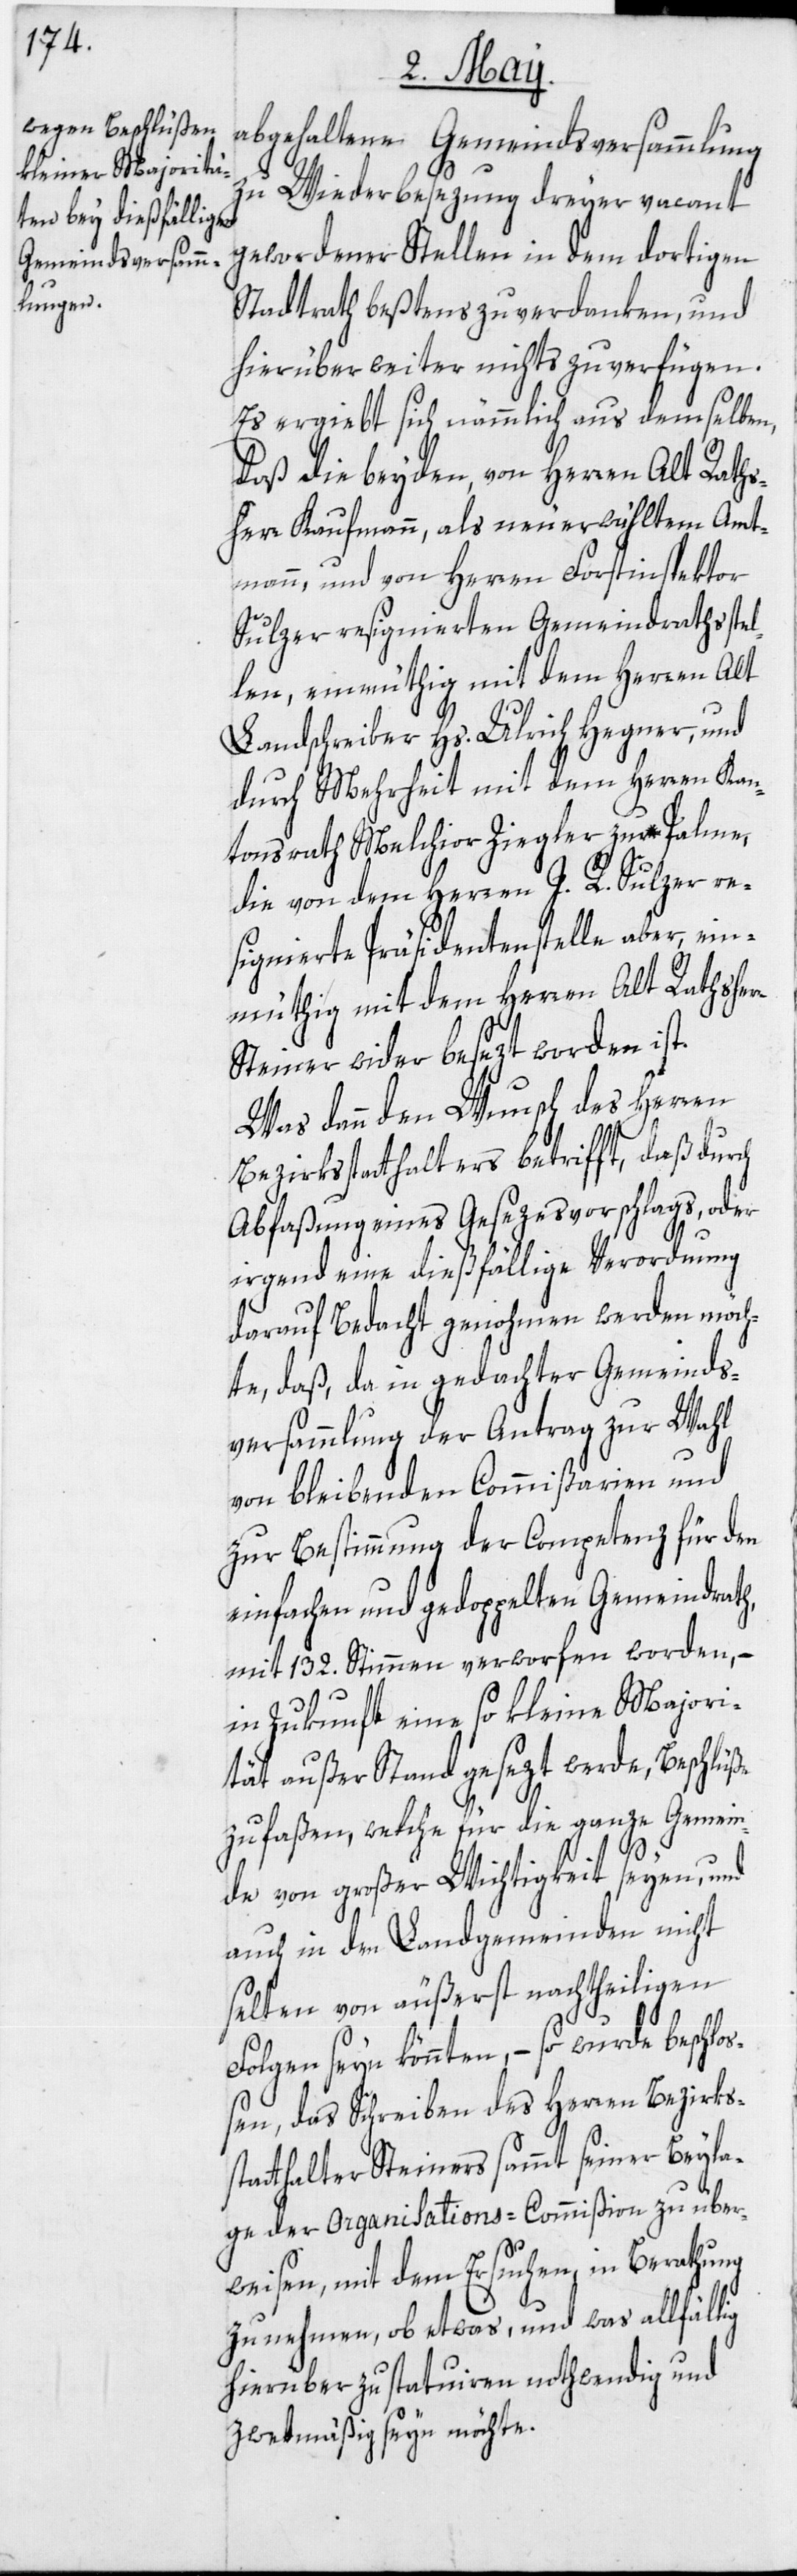
abgehaltene Gemeindsversammlung
zu Wiederbesezung dreyer vacant
gewordener Stellen in dem dortigen
Stadtrath beßtens zu verdanken, und
hierüber weiter nichts zu verfügen.
Es ergiebt sich nämmlich aus demselben,
daß die beyden, von Herren Alt Raths¬
herr Kaufmann, als neuerwähltem Amt¬
mann, und von Herren Forstinspektor
Sulzer resignierten Gemeindrathsstel¬
len, einmüthig mit dem Herren Alt
Landschreiber Hs. Ulrich Hegner, und
durch Mehrheit mit dem Herren Kan¬
tonsrath Melchior Ziegler zur Palme,
die von dem Herren J. R. Sulzer re¬
signierte Präsidentenstelle aber, ein¬
müthig mit dem Herren Alt Rathsherr
Steiner wider besezt worden ist.
Was dann den Wunsch des Herren
Bezirksstatthalters betrifft, daß durch
Abfaßung eines Gesezesvorschlags, oder
irgend eine dießfällige Verordnung
darauf Bedacht genohmen werden möch¬
te, daß, da in gedachter Gemeinds¬
versammlung der Antrag zur Wahl
von bleibenden Commißarien und
zur Bestimmung der Competenz für den
einfachen und gedoppelten Gemeindrath,
mit 132. Stimmen verworfen worden, –
in Zukunft eine so kleine Majori¬
tät außer Stand gesezt werde, Beschlüße
zu faßen, welche für die ganze Gemein¬
de von großer Wichtigkeit seyen, und
auch in den Landgemeinden nicht
selten von äußerst nachtheiligen
Folgen seyn könnten, – so wurde beschl¬
oßen, das Schreiben des Herren Bezirks¬
statthalter Steiners sammt seiner Beyla¬
ge der Organisations-Commißion zu über¬
weisen, mit dem Ersuchen, in Berathung
zu nehmen, ob etwas, und was allfällig
hierüber zu statuiren nothwendig und
zwekmäßig seyn möchte.